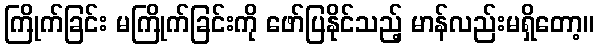
ကြိုက်ခြင်း မကြိုက်ခြင်းကို ဖော်ပြနိုင်သည့် မာန်လည်းမရှိတော့။